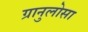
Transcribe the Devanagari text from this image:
ग्रानुलोसा